Indian Medical Review
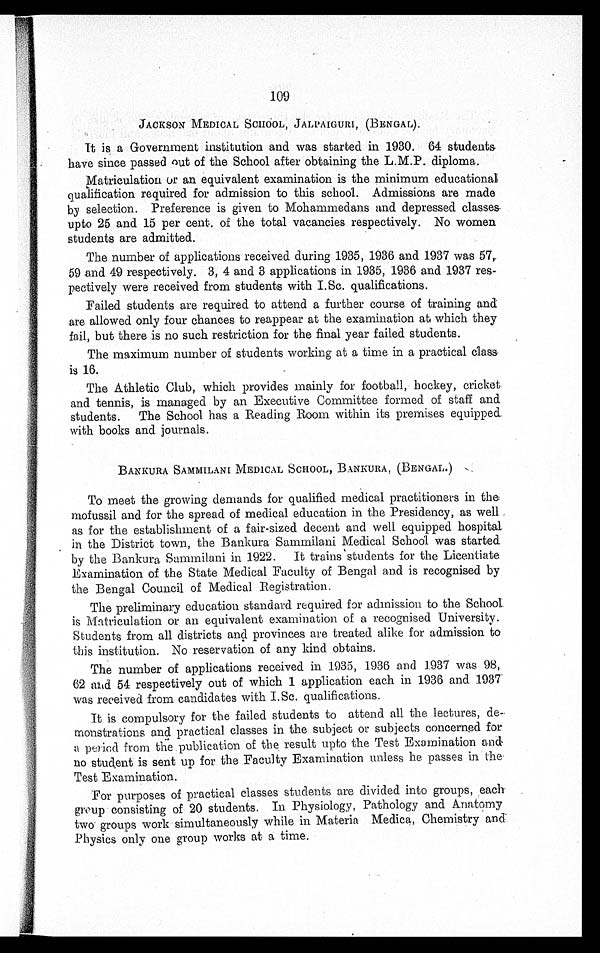
109
JACKSON MEDICAL SCHOOL, JALPAIGURI, (BENGAL).
It is a Government institution and was started in 1930. 64 students
have since passed out of the School after obtaining the L.M.P. diploma.
Matriculation or an equivalent examination is the minimum educational
qualification required for admission to this school. Admissions are made
by selection. Preference is given to Mohammedans and depressed classes
upto 25 and 15 per cent. of the total vacancies respectively. No women
students are admitted.
The number of applications received during 1935, 1936 and 1937 was
57, 59 and 49 respectively. 3, 4 and 3 applications in 1935, 1936 and 1937 res-
pectively were received from students with I.Sc. qualifications.
Failed students are required to attend a further course of training and
are allowed only four chances to reappear at the examination at which they
fail, but there is no such restriction for the final year failed students.
The maximum number of students working at a time in a practical class.
is 16.
The Athletic Club, which provides mainly for football, hockey, cricket
and tennis, is managed by an Executive Committee formed of staff and
students. The School has a Reading Room within its premises equipped
with books and journals.
BANKURA SAMMILANI MEDICAL SCHOOL, BANKURA, (BENGAL.)
To meet the growing demands for qualified medical practitioners in the
mofussil and for the spread of medical education in the Presidency, as well
as for the establishment of a fair-sized decent and well equipped hospital
in the District town, the Bankura Sammilani Medical School was started
by the Bankura Sammilani in 1922. It trains students for the Licentiate
Examination of the State Medical Faculty of Bengal and is recognised by
the Bengal Council of Medical Registration.
The preliminary education standard required for admission to the School
is Matriculation or an equivalent examination of a recognised University.
Students from all districts and provinces are treated alike for admission to
this institution. No reservation of any kind obtains.
The number of applications received in 1935, 1936 and 1937 was 98,
62 and 54 respectively out of which 1 application each in 1936 and 1937
was received from candidates with I.Sc. qualifications.
It is compulsory for the failed students to attend all the lectures,
de-monstrations and practical classes in the subject or subjects concerned for
a period from the publication of the result upto the Test Examination and
no student is sent up for the Faculty Examination unless he passes in the
Test Examination.
For purposes of practical classes students are divided into groups, each
group consisting of 20 students. In Physiology, Pathology and Anatomy
two groups work simultaneously while in Materia Medica, Chemistry and
Physics only one group works at a time.